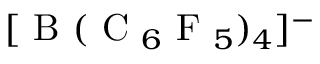
[ \mathrm { ~ B ~ } ( \mathrm { ~ C ~ } _ { 6 } \mathrm { ~ F ~ } _ { 5 } ) _ { 4 } ] ^ { - }